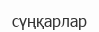
сүңқарлар